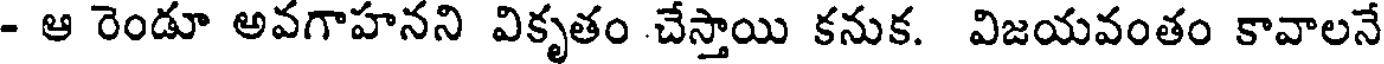
- ఆ రెండూ అవగాహనని వికృతం చేస్తాయి కనుక. విజయవంతం కావాలనే